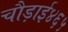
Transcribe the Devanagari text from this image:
चौड़ाई४६५